On the morphology, teratology, and diclinism of the flowers of cannabis - Number 12
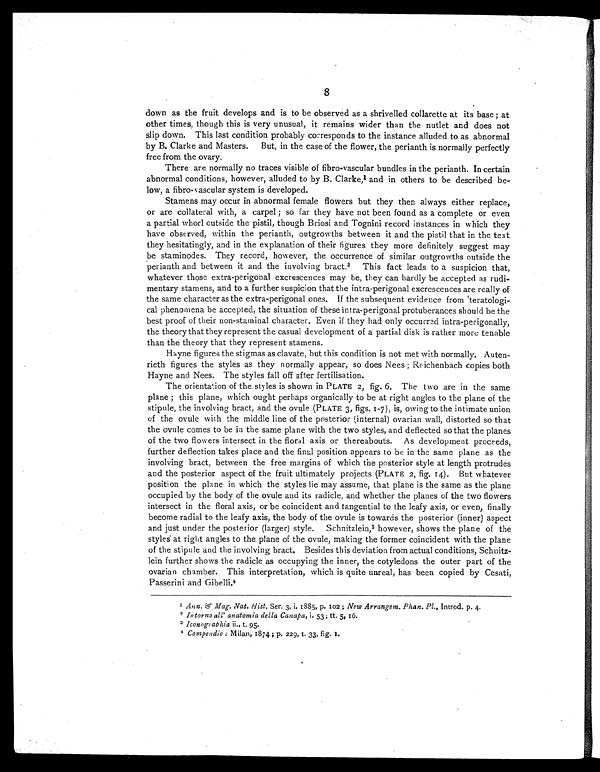
8
down as the fruit develops and is to be observed as a shrivelled collarette at its base ; at
other times, though this is very unusual, it remains wider than the nutlet and does not
slip down. This last condition probably corresponds to the instance alluded to as abnormal
by B. Clarke and Masters. But, in the case of the flower, the perianth is normally perfectly
free from the ovary.
There are normally no traces visible of fibro-vascular bundles in the perianth. In certain
abnormal conditions, however, alluded to by B. Clarke, 1 and in others to be described be-
low, a fibro-vascular system is developed.
Stamens may occur in abnormal female flowers but they then always either replace,
or are collateral with, a carpel ; so far they have not been found as a complete or even
a partial whorl outside the pistil, though Briosi and Tognini record instances in which they
have observed, within the perianth, outgrowths between it and the pistil that in the text
they hesitatingly, and in the explanation of their figures they more definitely suggest may
be staminodes. They record, however, the occurrence of similar outgrowths outside the
perianth and between it and the involving bract. 2 This fact leads to a suspicion that,
whatever those extra-perigonal excrescences may be, they can hardly be accepted as rudi-
mentary stamens, and to a further suspicion that the intra-perigonal excrescences are really of
the same character as the extra-perigonal ones. If the subsequent evidence from teratologi-
cal phenomena be accepted, the situation of these intra-perigonal protuberances should be the
best proof of their non-staminal character. Even if they had only occurred intra-perigonally,
the theory that they represent the casual development of a partial disk is rather more tenable
than the theory that they represent stamens.
Hayne figures the stigmas as clavate, but this condition is not met with normally. Auten-
rieth figures the styles as they normally appear, so does Nees ; Reichenbach copies both
Hayne and Nees. The styles fall off after fertilisation.
The orientation of the styles is shown in PLATE 2, fig. 6. The two are in the same
plane ; this plane, which ought perhaps organically to be at right angles to the plane of the
stipule, the involving bract, and the ovule (PLATE 3, figs. 1-7), is, owing to the intimate union
of the ovule with the middle line of the posterior (internal) ovarian wall, distorted so that
the ovule comes to be in the same plane with the two styles, and deflected so that the planes
of the two flowers intersect in the floral axis or thereabouts. As development proceeds,
further deflection takes place and the final position appears to be in the same plane as the
involving bract, between the free margins of which the posterior style at length protrudes
and the posterior aspect of the fruit ultimately projects (PLATE 2, fig. 14). But whatever
position the plane in which the styles lie may assume, that plane is the same as the plane
occupied by the body of the ovule and its radicle, and whether the planes of the two flowers
intersect in the floral axis, or be coincident and tangential to the leafy axis, or even, finally
become radial to the leafy axis, the body of the ovule is towards the posterior (inner) aspect
and just under the posterior (larger) style. Schnitzlein, 3 however, shows the plane of the
styles at right angles to the plane of the ovule, making the former coincident with the plane
of the stipule and the involving bract. Besides this deviation from actual conditions, Schnitz-
lein further shows the radicle as occupying the inner, the cotyledons the outer part of the
ovarian chamber. This interpretation, which is quite unreal, has been copied by Cesati,
Passerini and Gibelli.4
1 Ann. & Mag. Nat. Hist. Ser. 3, i. 1885, p. 102 ; New Arrangem. Phan. Pl., Introd. p. 4.
2 Intorno all' anatomia della Canapa, i. 53; tt. 5, 16.
3 Iconographia ii., t. 95.
4 Compendio : Milan, 1874; p. 229, t. 33, fig. 1.